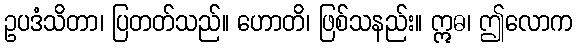
ဥပဒံသိတာ၊ ပြတတ်သည်။ ဟောတိ၊ ဖြစ်သနည်း။ ဣဓ၊ ဤလောက